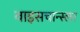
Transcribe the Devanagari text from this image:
वाइसचान्स्लर